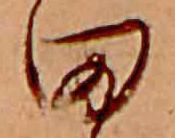
田